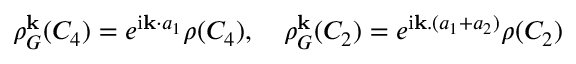
\begin{array} { r } { \rho _ { G } ^ { \bf k } ( C _ { 4 } ) = e ^ { \mathrm { i } { \bf k } \cdot { a } _ { 1 } } \rho ( C _ { 4 } ) , \quad \rho _ { G } ^ { \bf k } ( C _ { 2 } ) = e ^ { \mathrm { i } { \bf k } . ( a _ { 1 } + a _ { 2 } ) } \rho ( C _ { 2 } ) } \end{array}